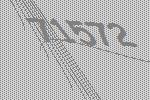
71572